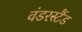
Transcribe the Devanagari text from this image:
वंडरस्टैंड